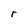
Character: r